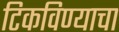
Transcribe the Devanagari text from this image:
टिकविण्याचा